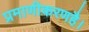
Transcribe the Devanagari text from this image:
प्रमाणीकरणहै।